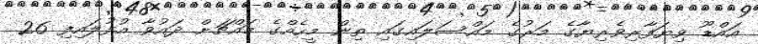
އައްޑޫ ވިޔަފާރިވެރިޔާގެ މަރުގެ މައްސަލައިގައި ތިން މީހެއްގެ މައްޗަށް ދައުވާ އުފުލައިފި 26